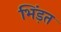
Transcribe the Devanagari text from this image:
भिंड़त